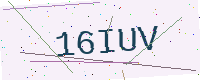
Text: 16IUV